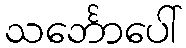
သင်္ဘောပေါ်